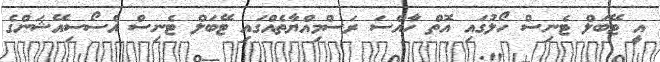
އީ ޓޭބަލް ޓެނިސް ހޯލުގައި އޮތް ހާއްސަ ރަސްމިއްޔާތެއްގައި ޓޭބަލް ޓެނިސް އެސޯސިއޭޝަންގެ